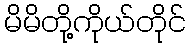
မိမိတို့ကိုယ်တိုင်